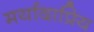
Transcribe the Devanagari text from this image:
मर्यादाप्रिय